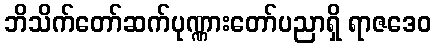
ဘိသိက်တော်ဆက်ပုဏ္ဏားတော်ပညာရှိ ရာဇဒေဝ